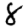
Digit: 8